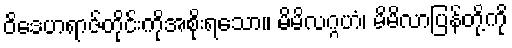
ဝိဒေဟရာဇ်တိုင်းကိုအစိုးရသော။ မိမိလဂ္ဂဟံ၊ မိမိလာပြန်တို့ကို